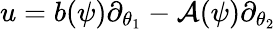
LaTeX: u=b(\psi)\partial_{\theta_{1}}-\mathcal{A}(\psi)\partial_{\theta_{2}}